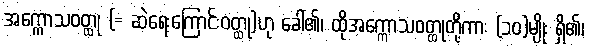
အက္ကောသဝတ္ထု (= ဆဲရေးကြောင်းဝတ္ထု)ဟု ခေါ်၏၊ ထိုအက္ကောသဝတ္ထုတို့ကား (၁၀)မျိုး ရှိ၏၊